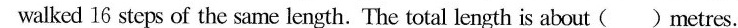
walked 16 steps of the same length. The total length is about ( )metres.